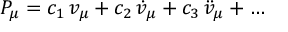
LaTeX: P _ { \mu } = c _ { 1 } \, v _ { \mu } + c _ { 2 } \, { \dot { v } } _ { \mu } + c _ { 3 } \, { \ddot { v } } _ { \mu } + \ldots